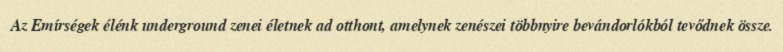
Az Emírségek élénk underground zenei életnek ad otthont, amelynek zenészei többnyire bevándorlókból tevődnek össze.